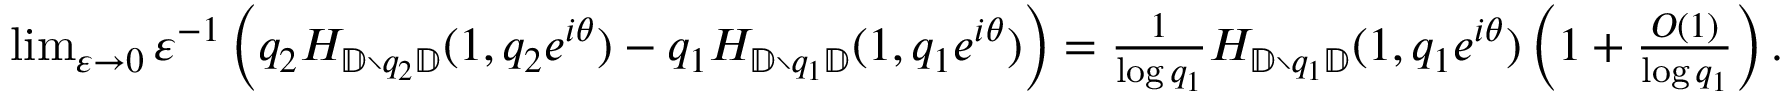
\begin{array} { r } { \operatorname* { l i m } _ { \varepsilon \to 0 } \varepsilon ^ { - 1 } \left( q _ { 2 } H _ { { \mathbb { D } } \setminus q _ { 2 } { \mathbb { D } } } ( 1 , q _ { 2 } e ^ { i \theta } ) - q _ { 1 } H _ { { \mathbb { D } } \setminus q _ { 1 } { \mathbb { D } } } ( 1 , q _ { 1 } e ^ { i \theta } ) \right) = \frac { 1 } { \log q _ { 1 } } H _ { { \mathbb { D } } \setminus q _ { 1 } { \mathbb { D } } } ( 1 , q _ { 1 } e ^ { i \theta } ) \left( 1 + \frac { O ( 1 ) } { \log q _ { 1 } } \right) . } \end{array}